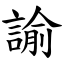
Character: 諭